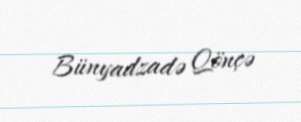
Bünyadzadə Qönçə